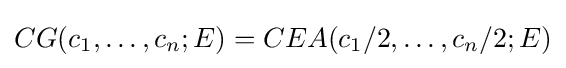
CG(c_{1},\ldots ,c_{n};E)=CEA(c_{1}/2,\ldots ,c_{n}/2;E)